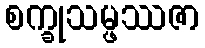
စက္ခုသမ္ဖဿဇာ